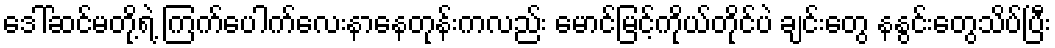
ဒေါ်ဆင်မတို့ရဲ့ ကြက်ပေါက်လေးနာနေတုန်းကလည်း မောင်မြင့်ကိုယ်တိုင်ပဲ ချင်းတွေ နနွင်းတွေသိပ်ပြီး